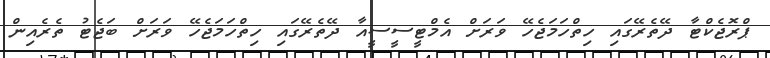
ޕްރޮޖެކްޓާ ދޭތެރޭގައި ހިތްހަމަޖެހޭ ވަރަށް އެމްޓީސީސީއާ ދޭތެރޭގައި ހިތްހަމަޖެހޭ ވަރަށް ބަޖެޓު ތެރެއިން